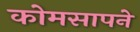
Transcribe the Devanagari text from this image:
कोमसापने